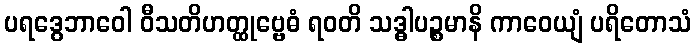
ပရဒွေဘာဝေါ ဝီသတိဟတ္ထုဗ္ဗေဓံ ရဝတိ သဒ္ဓါပဉ္စမာနိ ကာဝေယျံ ပရိတောသံ